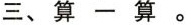
三、算一算。